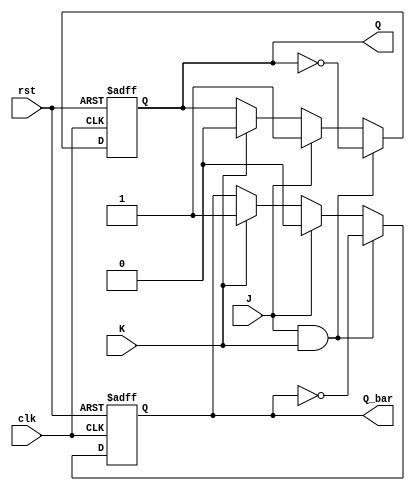
module jk_ff (
    input wire clk,
    input wire rst,
    input wire J,
    input wire K,
    output reg Q, 
    output reg Q_bar
);

always @(posedge clk, posedge rst)
begin
    if (rst)
    begin
        Q <= 1'b0;
        Q_bar <= 1'b1;
    end
    else if (J & K)
    begin
        Q <= ~Q;
        Q_bar <= ~Q_bar;
    end
    else if (J)
    begin
        Q <= 1'b1;
        Q_bar <= 1'b0;
    end
    else if (K)
    begin
        Q <= 1'b0;
        Q_bar <= 1'b1;
    end
    else
    begin
        Q <= Q;
        Q_bar <= Q_bar;
    end
end

endmodule